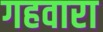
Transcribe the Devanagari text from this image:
गहवारा